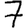
Digit: 7